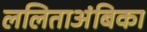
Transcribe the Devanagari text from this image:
ललिताअंबिका